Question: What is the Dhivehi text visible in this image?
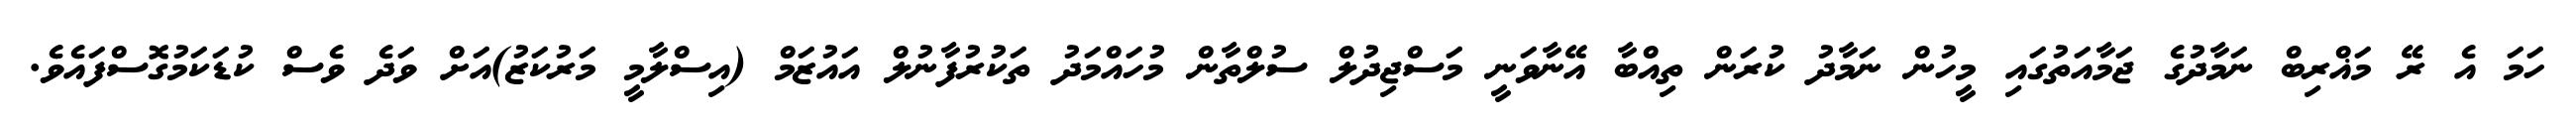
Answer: ހަމަ އެ ރޭ މަޣްރިބް ނަމާދުގެ ޖަމާއަތުގައި މީހުން ނަމާދު ކުރަން ތިއްބާ އޭނާވަނީ މަސްޖިދުލް ސުލްތާން މުހައްމަދު ތަކުރުފާނުލް އައުޒަމް (އިސްލާމީ މަރުކަޒު)އަށް ވަދެ ވެސް ކުޑަކަމުގޮސްފައެވެ.